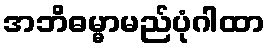
အဘိဓမ္မာမည်ပုံဂါထာ